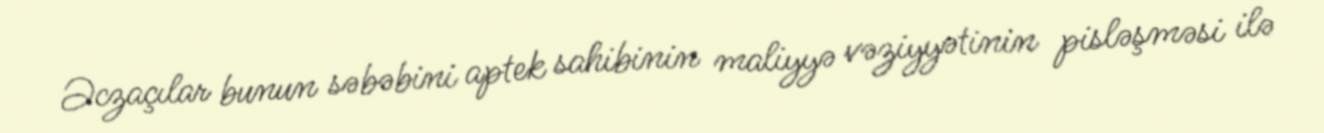
Əczaçılar bunun səbəbini aptek sahibinin maliyyə vəziyyətinin pisləşməsi ilə